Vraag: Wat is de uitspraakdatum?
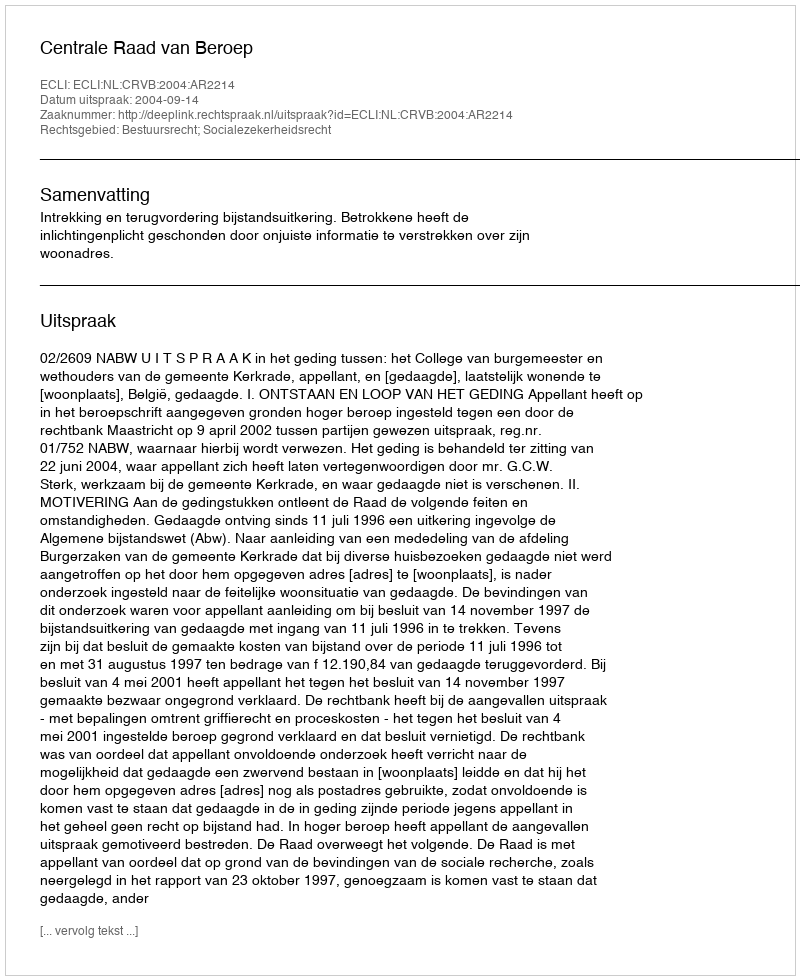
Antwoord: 2004-09-14